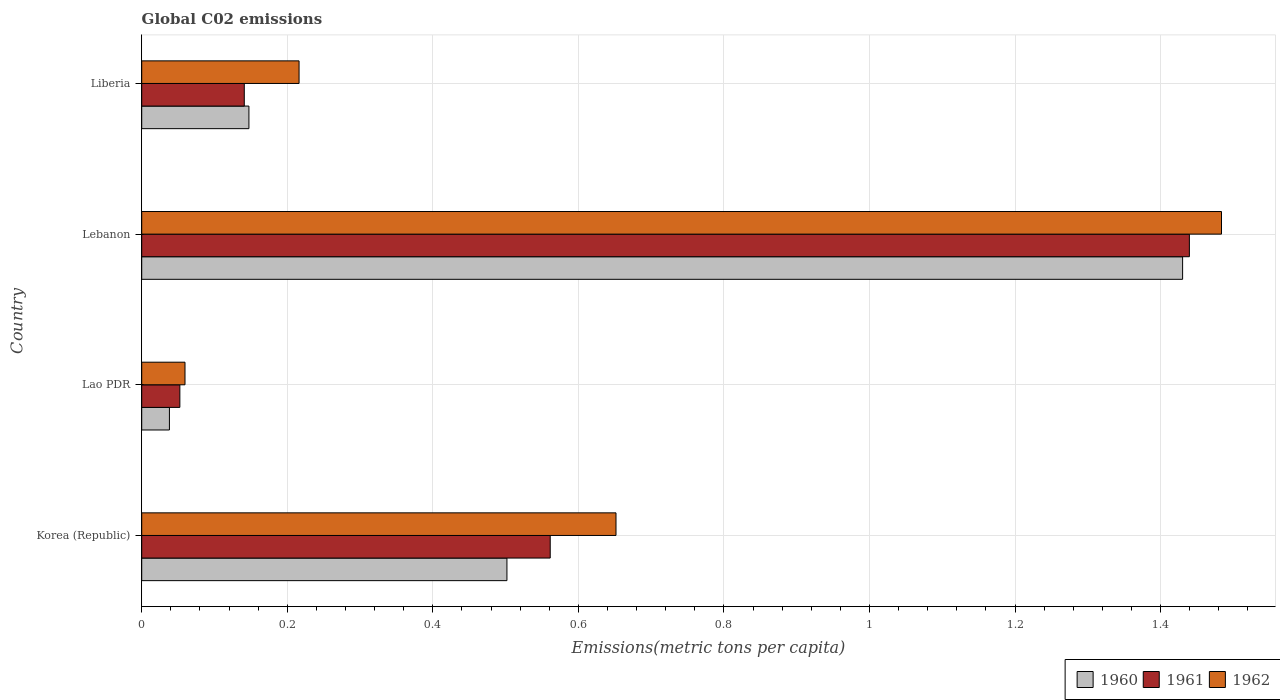
| Country | 1960 | 1961 | 1962 |
 | --- | --- | --- | --- |
 | Korea (Republic) | 0.502 | 0.561 | 0.652 |
 | Lao PDR | 0.0381 | 0.0524 | 0.0595 |
 | Lebanon | 1.43 | 1.44 | 1.48 |
 | Liberia | 0.147 | 0.141 | 0.216 |